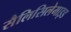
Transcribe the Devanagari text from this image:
सैलिसिलेमाइड